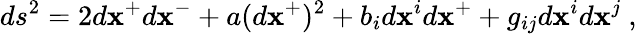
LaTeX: ds^{2}=2d\mathbf{x}^{+}d\mathbf{x}^{-}+a(d\mathbf{x}^{+})^{2}+b_{i}d\mathbf{x}^{i}d\mathbf{x}^{+}+g_{ij}d\mathbf{x}^{i}d\mathbf{x}^{j}~,